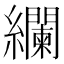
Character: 𮉚